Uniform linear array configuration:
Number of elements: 12
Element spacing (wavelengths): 1
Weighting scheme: cosine
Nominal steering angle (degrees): -15
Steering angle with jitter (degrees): -15.997
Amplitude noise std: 0.05
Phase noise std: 0.05

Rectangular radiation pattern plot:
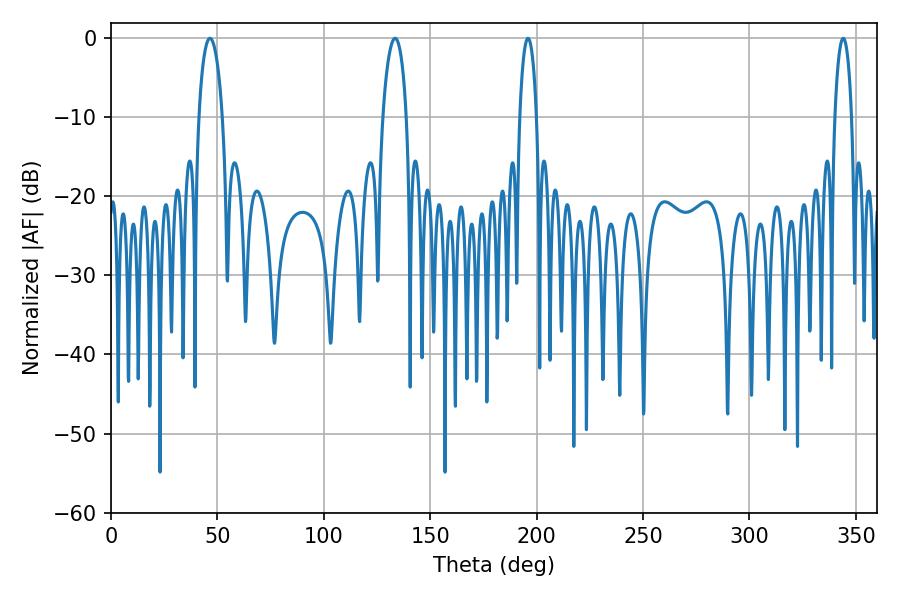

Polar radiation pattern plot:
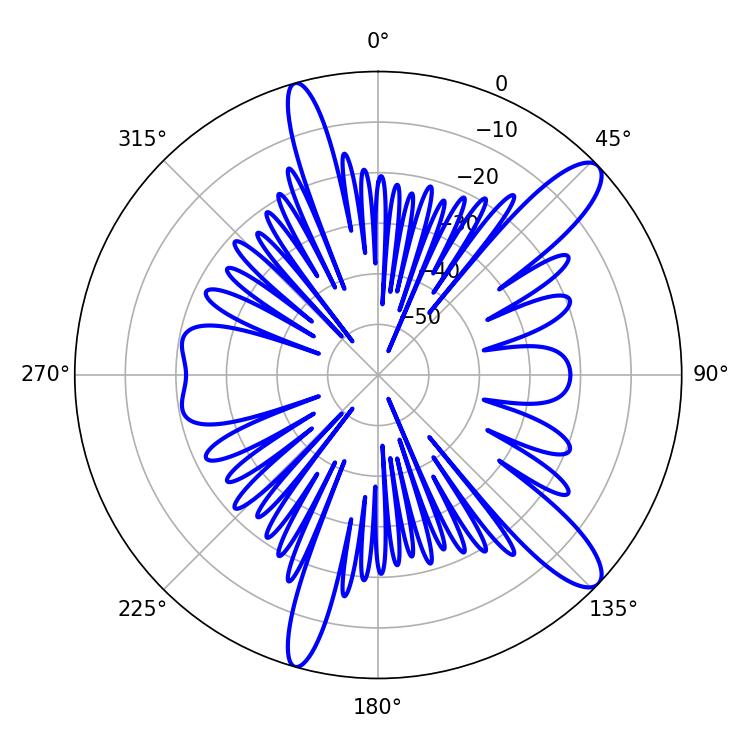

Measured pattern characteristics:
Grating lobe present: TRUE
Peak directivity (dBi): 12.045
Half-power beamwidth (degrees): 6.3
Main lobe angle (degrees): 46.44